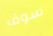
سوف